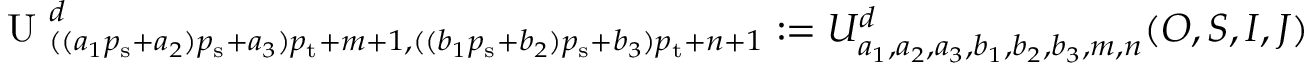
\begin{array} { r } { \textrm { U } _ { ( ( a _ { 1 } { p _ { \mathrm { s } } } + a _ { 2 } ) { p _ { \mathrm { s } } } + a _ { 3 } ) { p _ { \mathrm { t } } } + m + 1 , ( ( b _ { 1 } { p _ { \mathrm { s } } } + b _ { 2 } ) { p _ { \mathrm { s } } } + b _ { 3 } ) { p _ { \mathrm { t } } } + n + 1 } ^ { d } : = U _ { a _ { 1 } , a _ { 2 } , a _ { 3 } , b _ { 1 } , b _ { 2 } , b _ { 3 } , m , n } ^ { d } ( O , S , I , J ) } \end{array}